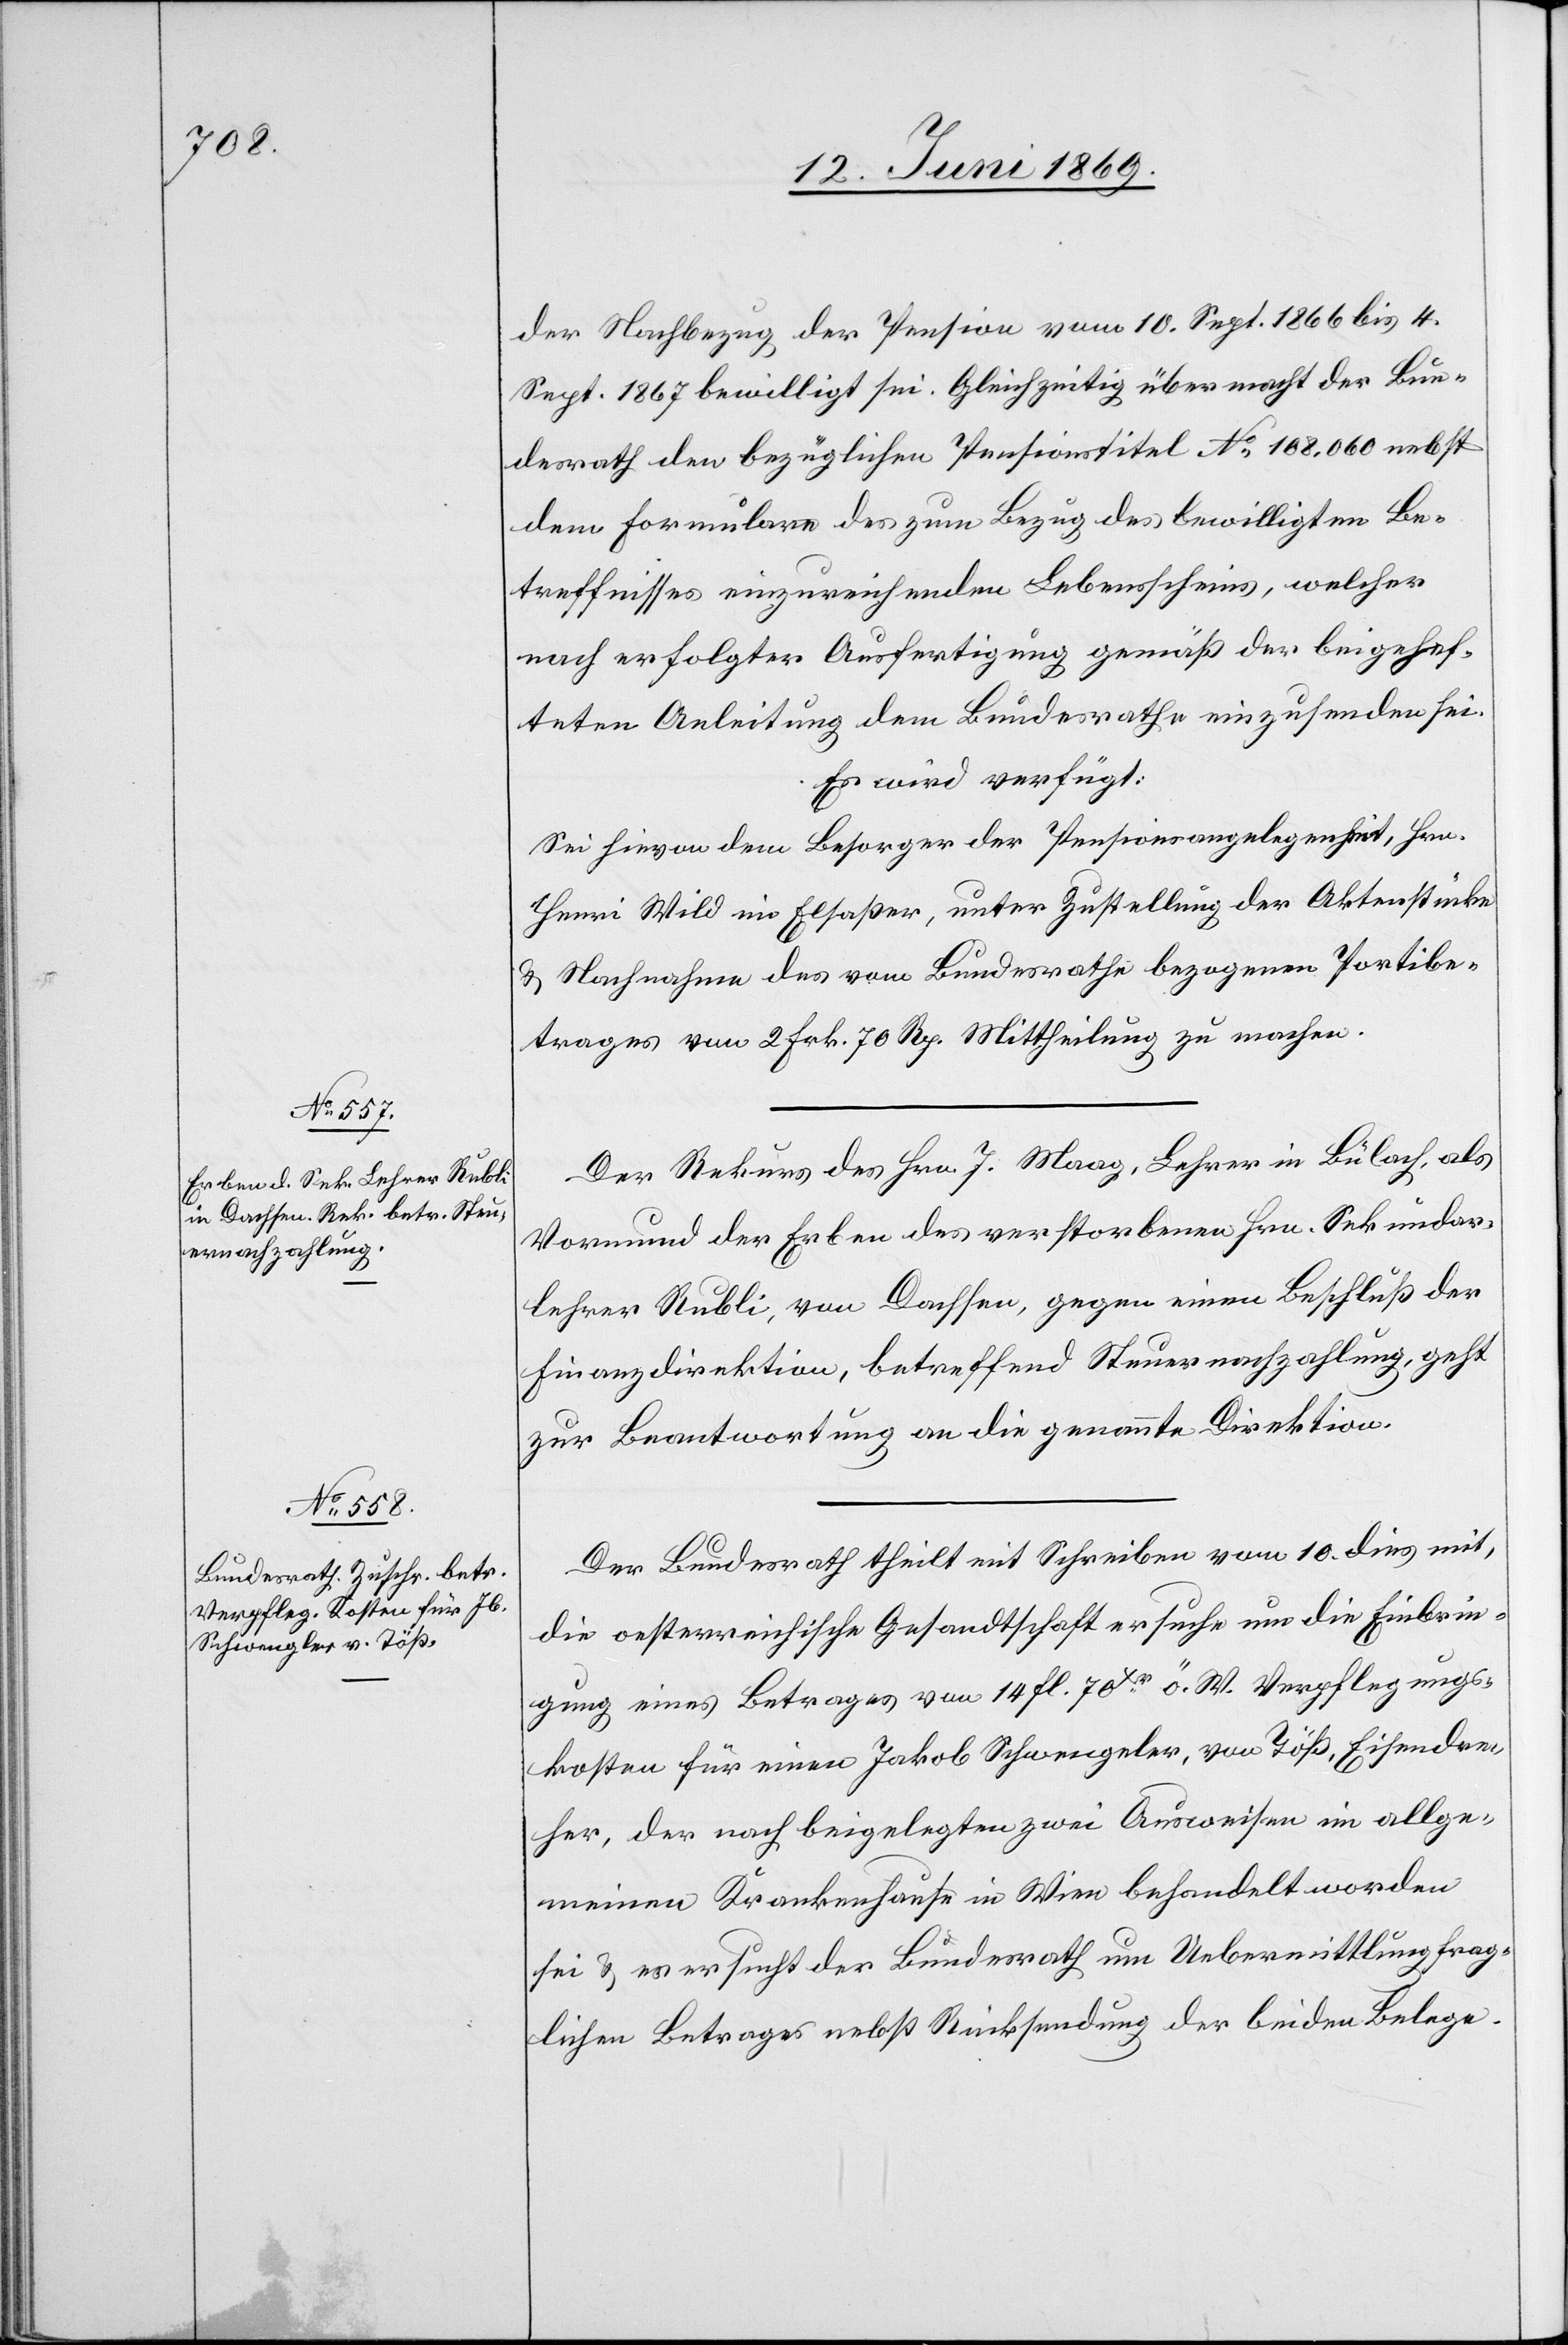
12. Juni 1869.]
der Nachbezug der Pension vom 10. Sept. 1866 bis 4.
Sept. 1867 bewilligt sei. Gleichzeitig übermacht der Bun¬
desrath den bezüglichen Pensionstitel N° 108,060 nebst
dem Formular des zum Bezug des bewilligten Be¬
treffnisses einzureichenden Lebensscheins, welcher
nach erfolgter Ausfertigung gemäß der beigehef¬
teten Anleitung dem Bundesrathe einzusenden sei.
Es wird verfügt:
Sei hievon dem Besorger der Pensionsangelegenheit, Hrn.
Henri Wild in Elsaßer, unter Zustellung der Aktenstücke
u. Nachnahme des vom Bundesrathe bezogenen Portibe¬
trages von 2 Frk. 70 Rp. Mittheilung zu machen.
Der Rekurs des Hrn. J. Maag, Lehrer in Bülach, als
Vormund des Erben des verstorbenen Hrn. Sekundar¬
lehrer Rubli, von Dachsen, gegen einen Beschluß der
Finanzdirektion, betreffend Steuernachzahlung, geht
zur Beantwortung an die genannte Direktion.
Der Bundesrath theilt mit Schreiben vom 10. dies mit,
die oesterreichische Gesandtschaft ersuche nun die Einbrin¬
gung eines Beitrages vom 14 fl. 70 xr ö. W. Verpflegungs¬
kosten für einen Jakob Schwengeler [sic!], von Töß, Eisendre¬
her, der nach beigelegten zwei Ausweisen im allge¬
meinen Krankenhause in Wien behandelt worden
sei u. es ersucht der Bundesrath um Uebermittlung frag¬
lichen Betrages nebst Rücksendung der beiden Belege.